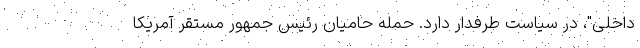
داخلی"، در سیاست طرفدار دارد. حمله حامیان رئیس جمهور مستقر آمریکا